Report of an investigation into the causes of malaria in Bombay and the measures necessary for its control
Disease focus: Malaria
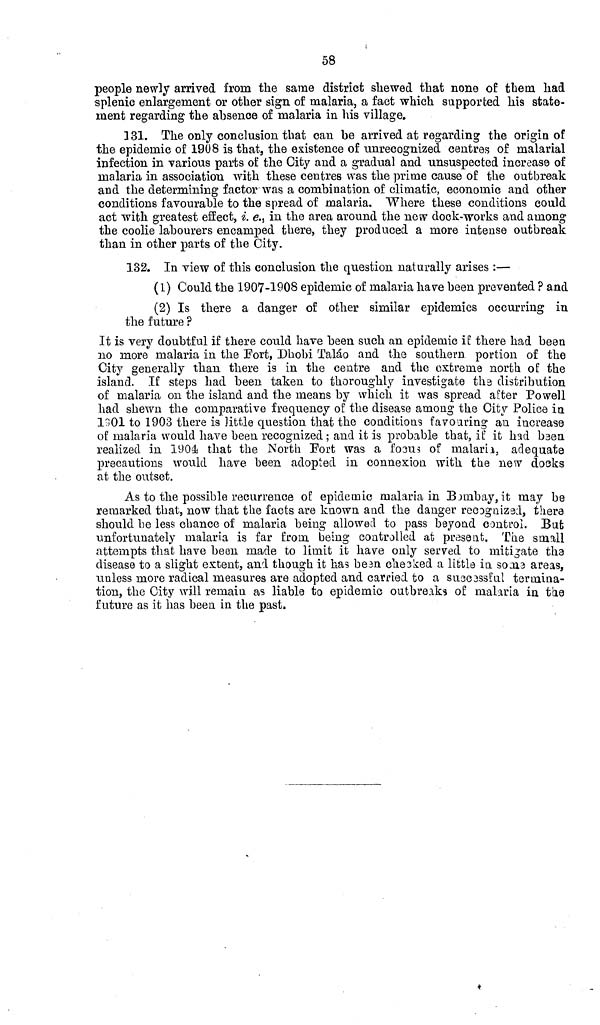
58
people newly arrived from the same district shewed that none of them had
splenic enlargement or other sign of malaria, a fact which supported his state-
ment regarding the absence of malaria in his village.
131. The only conclusion that can he arrived at regarding the origin of
the epidemic of 1908 is that, the existence of unrecognized centres of malarial
infection in various parts of the City and a gradual and unsuspected increase of
malaria in association with these centres was the prime cause of the outbreak
and the determining factor was a combination of climatic, economic and other
conditions favourable to the spread of malaria. Where these conditions could
act with greatest effect, i. e., in the area around the new dock-works and among
the coolie labourers encamped there, they produced a more intense outbreak
than in other parts of the City.
132. In view of this conclusion the question naturally arises :—
(1) Could the 1907-1908 epidemic of malaria have been prevented ? and
(2) Is there a danger of other similar epidemics occurring in
the future ?
It is very doubtful if there could have been such an epidemic if there had been
no more malaria in the Fort, Dhobi Taláo and the southern portion of the
City generally than there is in the centre and the extreme north of the
island. If steps had been taken to thoroughly investigate the distribution
of malaria on the island and the means by which it was spread after Powell
had shewn the comparative frequency of the disease among the City Police in
1901 to 1903 there is little question that the conditions favouring an increase
of malaria would have been recognized ; and it is probable that, if it had been
realized in 1904 that the North Port was a focus of malaria, adequate
precautions would have been adopted in connexion with the new docks
at the outset.
As to the possible recurrence of epidemic malaria in Bombay, it may be
remarked that, now that the facts are known and the danger recognized, there
should be less chance of malaria being allowed to pass beyond control. But
unfortunately malaria is far from being controlled at present. The small
attempts that have been made to limit it have only served to mitigate the
disease to a slight extent, and though it has bean checked a little in some areas,
unless more radical measures are adopted and carried to a successful termina-
tion, the City will remain as liable to epidemic outbreaks of malaria in tie
future as it has been in the past.